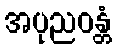
အပုညဝန္တံ